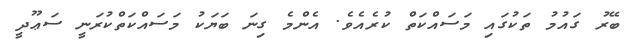
ބޭރު ގައުމު ތަކުގައި މަސައްކަތް ކުރެއެވެ. އެންމެ ގިނަ ބަޔަކު މަސައްކަތްކުރަނީ ސަޢޫދީ